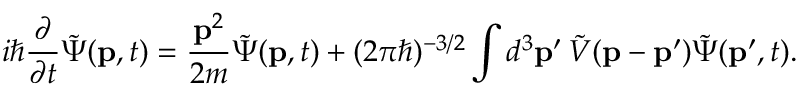
i \hbar { \frac { \partial } { \partial t } } { \tilde { \Psi } } ( \mathbf { p } , t ) = { \frac { \mathbf { p } ^ { 2 } } { 2 m } } { \tilde { \Psi } } ( \mathbf { p } , t ) + ( 2 \pi \hbar ) ^ { - 3 / 2 } \int d ^ { 3 } \mathbf { p } ^ { \prime } \, { \tilde { V } } ( \mathbf { p } - \mathbf { p } ^ { \prime } ) { \tilde { \Psi } } ( \mathbf { p } ^ { \prime } , t ) .